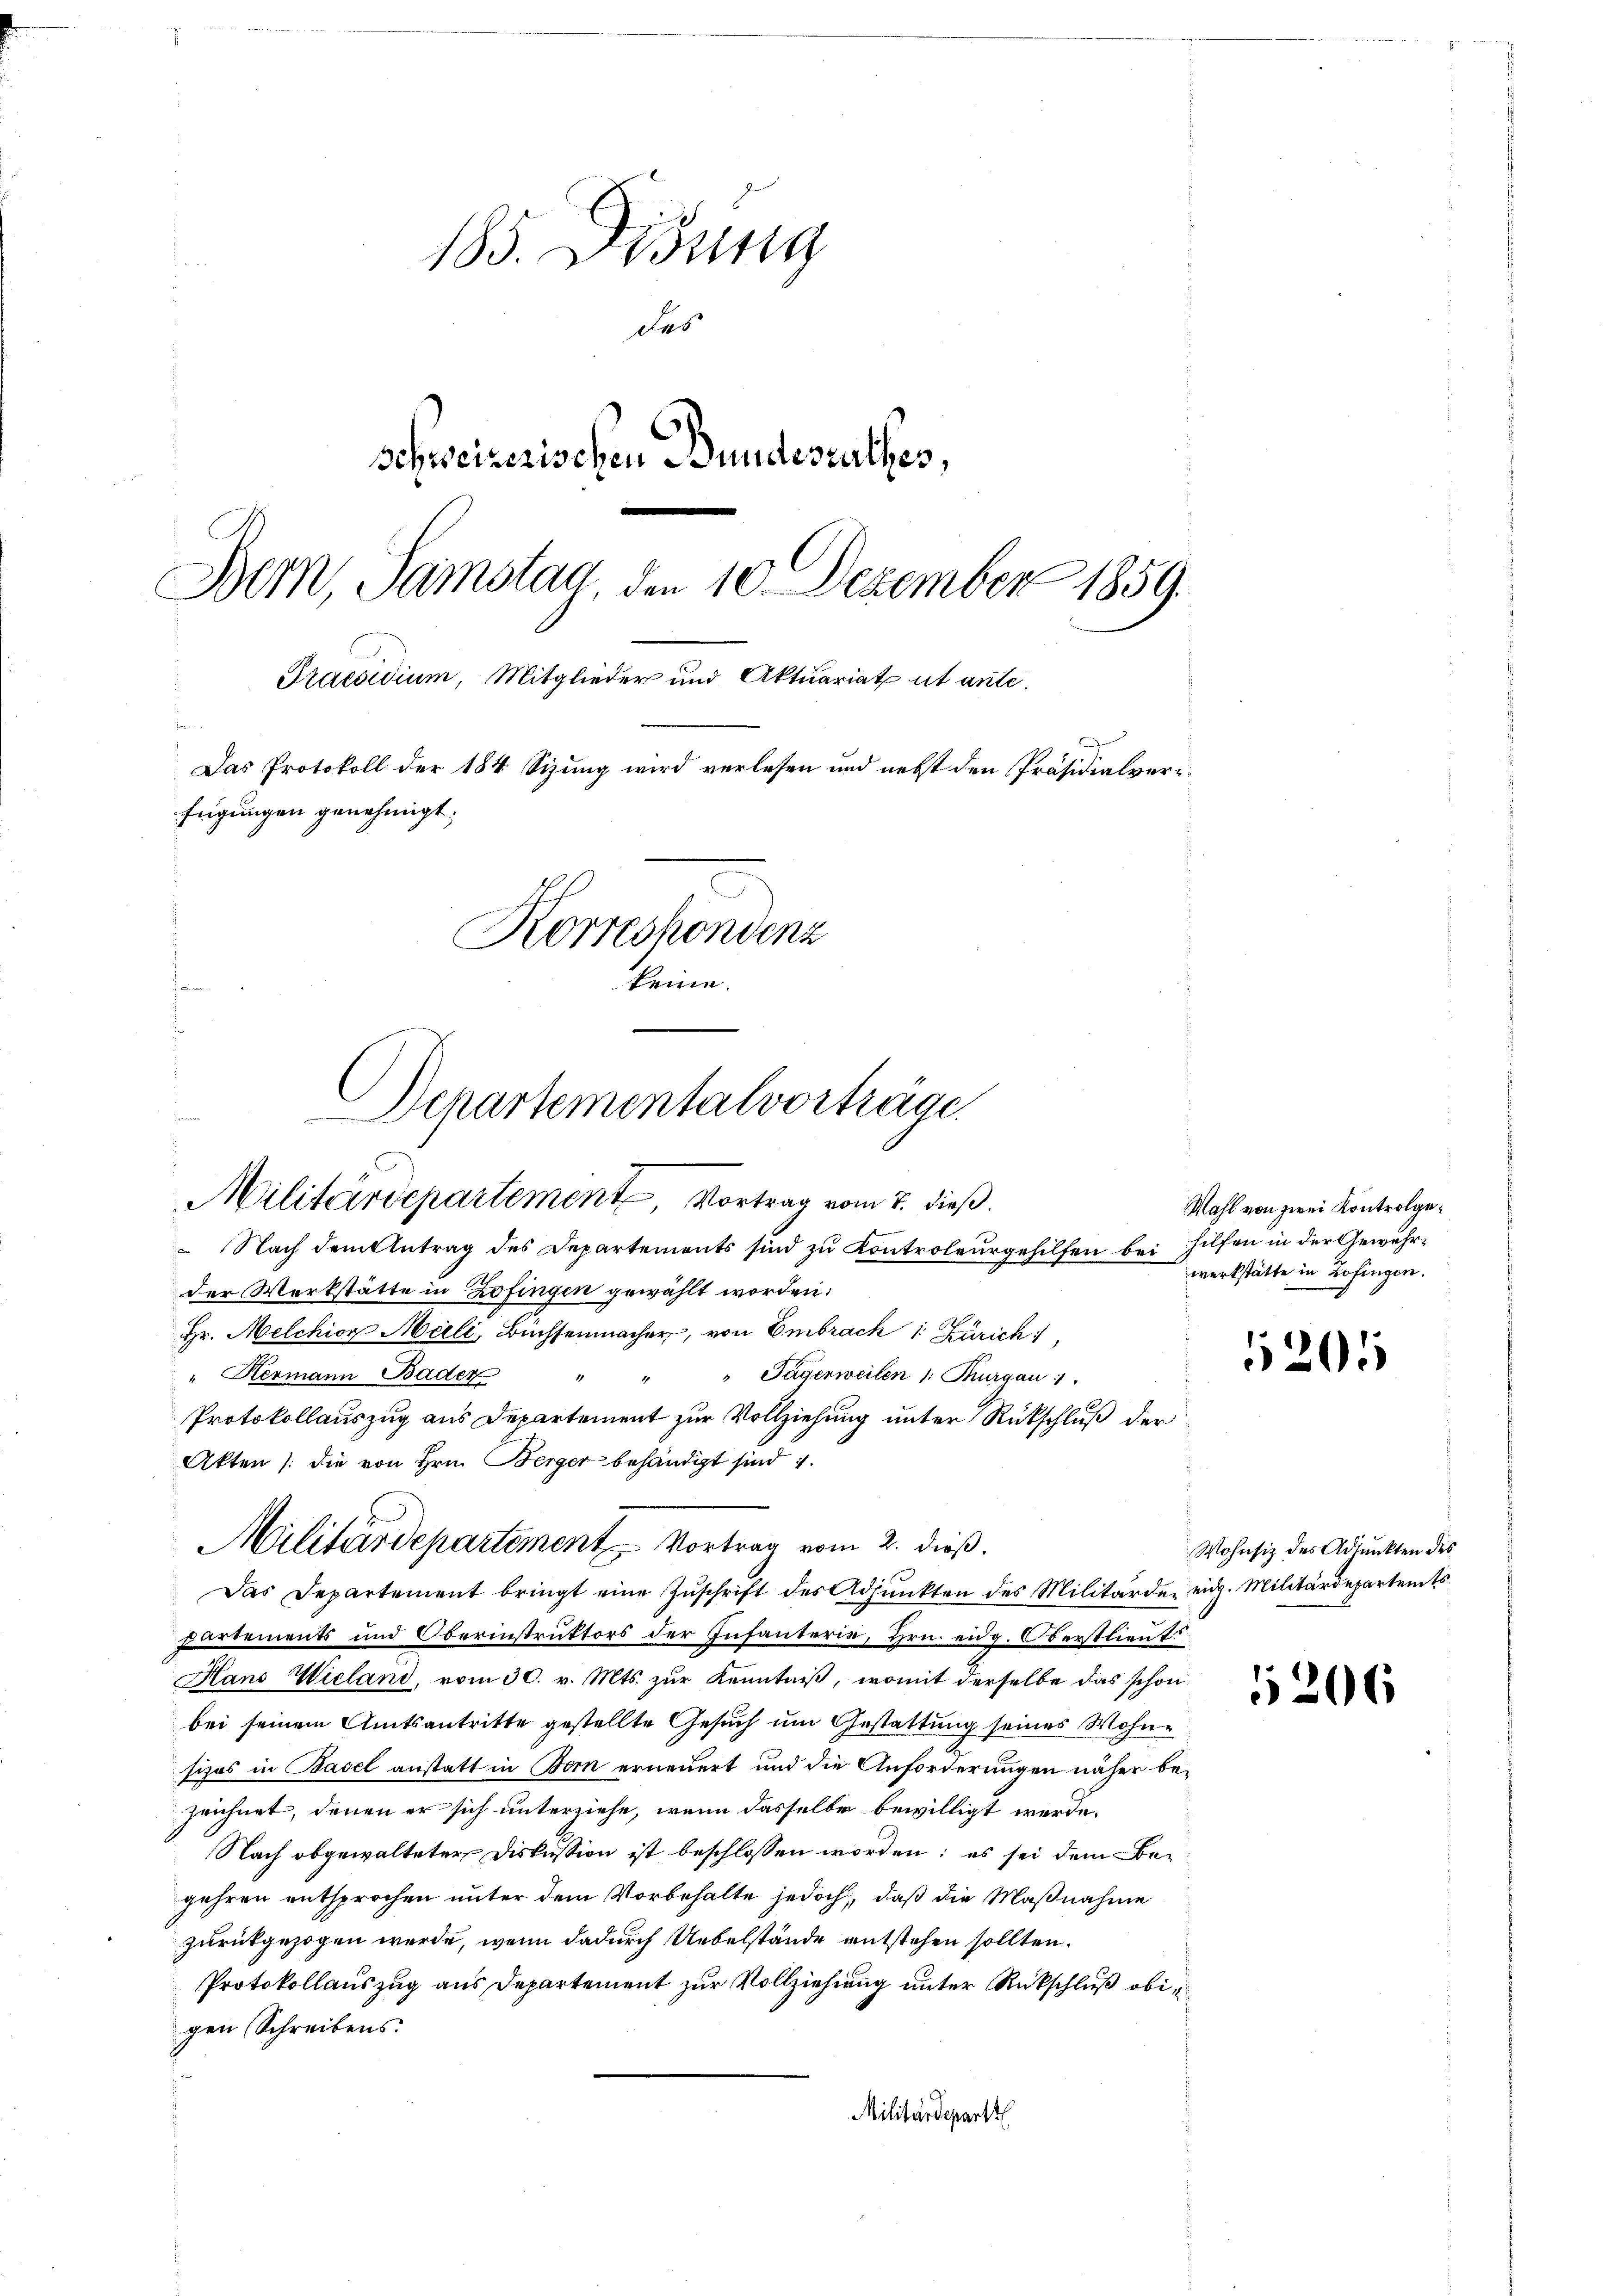
185. Didung
das
Schweizerischen Bundesrathes,
Bern, Samstag, den 10. Dezember 1859.
Praesidium, Mitglieder und Aktuariat ut ante.
Das Protokoll der 184 Sizung wird verlesen und nebst den Präsidialverfügungen genehmigt.
Korreshondenz
keine.

Nach dem Antrag des Departements sind zu Kontroleurgehilfen bei Hilfen in der Gewehrder Werkstätte in Zofingen gewählt worden.
Hr. Melchion Meili, Büchsenmacher, von Embrach 1. Zürich
" Hermann Baden
Tägerweilen 1: Thurgau
Protokollauszug aus Departement zur Vollziehung unter Rückschluß der
Akten (die von Hrn. Berger behändigt sind
Das Departement bringt eine Zŭschrift des Adjunkten des Militärde eidg. Militärdepartemts
partements und Oberinstruktors der Infanterie, Hrn. eidg. Oberstlieuts
Hans Wieland, vom 30. v. Mts. zur Kenntniß, womit derselbe das schon
bei seinem Amtsantritte gestellte Gesuch um Gestattung seines Wohnsizes in Basel anstatt in Bern erneuert und die Anforderungen näher bezeichnet, denen er sich unterziehe, wenn dasselbe bewilligt werde.
Nach abgewalteter Diskussion ist beschlossen worden; es sei dem Begehren entsprochen unter dem Vorbehalte jedoch, daß die Maßnahme
zurückgezogen werde, wenn dadurch Uebelstände entstehen sollten.
Protokollauszug aus Departement zur Vollziehung unter Rückschluß obig
gen Schreibens.
Militärdeparti

Departementalvorträge.
Militärdepartement, Vortrag vom 2. dieß.

Militärdepartement Vortrag vom 2. dieß.

Wahl von zwei Kontrolgewerkstätte in Zofingen.

201

Wohnsiz des Adjunkten des

5206